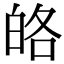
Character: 𤽥